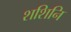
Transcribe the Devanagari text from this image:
शशिनि